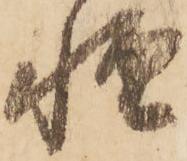
軽